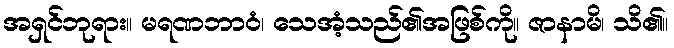
အရှင်ဘုရား။ မရဏဘာဝံ၊ သေအံ့သည်၏အဖြစ်ကို။ ဇာနာမိ၊ သိ၏။